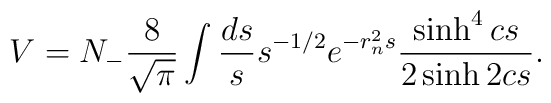
V=N_{-}\frac{8}{\sqrt{\pi}}\int \frac{ds}{s}s^{-1/2}e^{-r_{n}^{2}s}\frac{\sinh^4 cs}{2\sinh 2cs}.